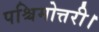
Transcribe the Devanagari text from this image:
पश्चिमोत्तरी।